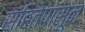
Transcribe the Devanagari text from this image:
संहितेपासून